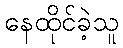
နေထိုင်ခဲ့သူ